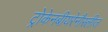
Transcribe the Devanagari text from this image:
ट्रोकेनबीयरेनौस्लीज